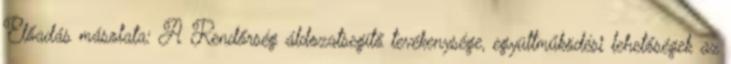
Előadás másolata: A Rendőrség áldozatsegítő tevékenysége, együttműködési lehetőségek az